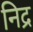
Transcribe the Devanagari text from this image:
निद्र